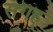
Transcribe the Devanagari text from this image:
सगह्